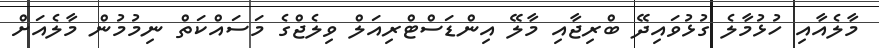
މާލެއާއި ހުޅުމާލެ ގުޅުވައިދޭ ބްރިޖާއި މާލޭ އިންޑަސްޓްރިއަލް ވިލެޖްގެ މަސައްކަތް ނިމުމުން މާލެއަށް